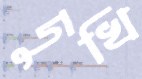
দুখি